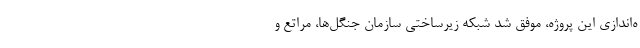
ه‌اندازی این پروژه، موفق شد شبکه زیرساختی سازمان جنگل‌ها، مراتع و